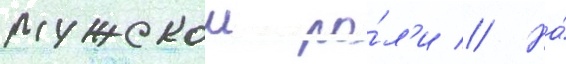
мужскои ро́л'и // На́